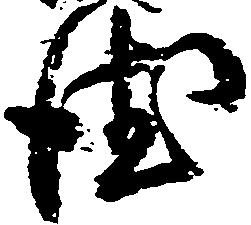
徳